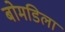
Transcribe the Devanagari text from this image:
बोमडिला